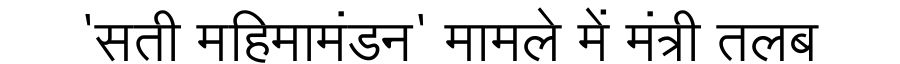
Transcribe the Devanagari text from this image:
'सती महिमामंडन' मामले में मंत्री तलब